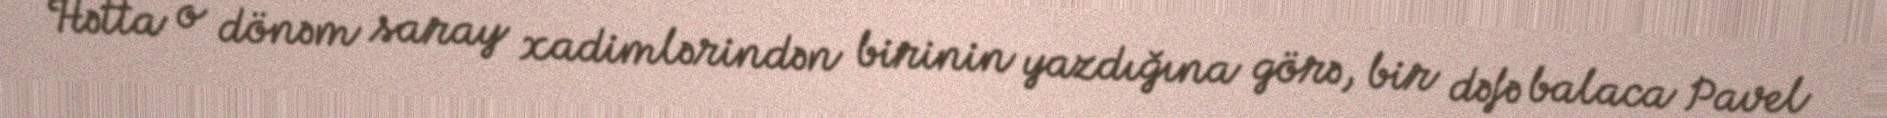
Hətta o dönəm saray xadimlərindən birinin yazdığına görə, bir dəfə balaca Pavel